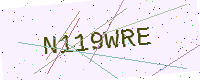
Text: N119WRE